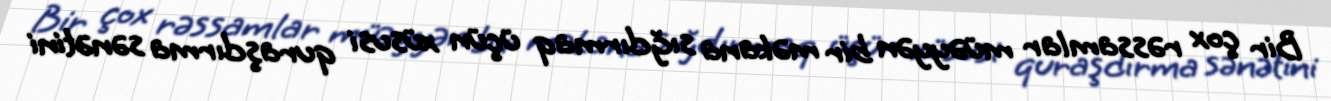
Bir çox rəssamlar müəyyən bir məkana sığdırmaq üçün xüsusi quraşdırma sənətini